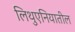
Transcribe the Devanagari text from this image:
लिथुएनियातील